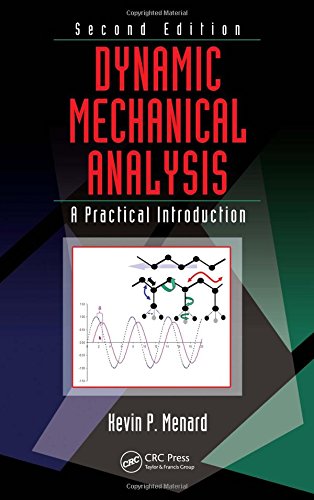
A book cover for Dynamic Mechanical Analysis: A Practical Introduction, Second Edition; Kevin P. Menard; Science & Math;